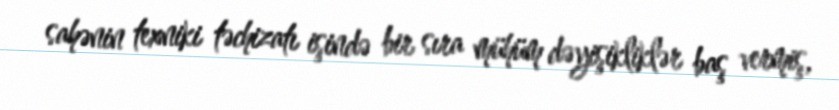
sahənin texniki təchizatı işində bir sıra mühüm dəyişikliklər baş vermiş,